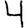
Digit: 4